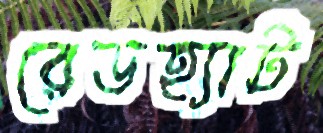
রেডহ্যাট